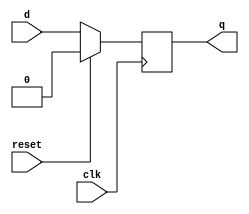
module dsync(input clk,d,reset,output reg q);
always @(posedge clk) begin

if(reset==1'b1) q=1'b0;
else q=d;

end
endmodule